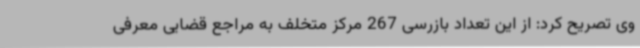
وی تصریح کرد: از این تعداد بازرسی 267 مرکز متخلف به مراجع قضایی معرفی